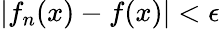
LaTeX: |f_{n}(x)-f(x)|<\epsilon